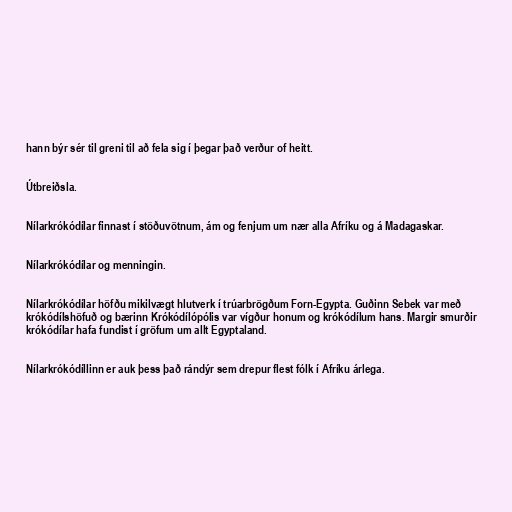
hann býr sér til greni til að fela sig í þegar það verður of heitt.

Útbreiðsla.

Nílarkrókódílar finnast í stöðuvötnum, ám og fenjum um nær alla Afríku og á Madagaskar.

Nílarkrókódílar og menningin.

Nílarkrókódílar höfðu mikilvægt hlutverk í trúarbrögðum Forn-Egypta. Guðinn Sebek var með
krókódílshöfuð og bærinn Krókódílópólis var vígður honum og krókódílum hans. Margir smurðir
krókódílar hafa fundist í gröfum um allt Egyptaland.

Nílarkrókódíllinn er auk þess það rándýr sem drepur flest fólk í Afríku árlega.